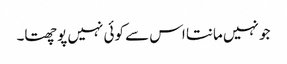
جو نہیں مانتا اس سے کوئی نہیں پوچھتا۔